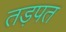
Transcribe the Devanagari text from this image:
तड़पत